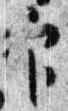
官